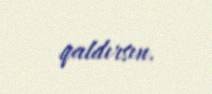
qaldırsın.